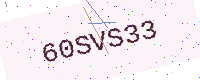
Text: 60SVS33